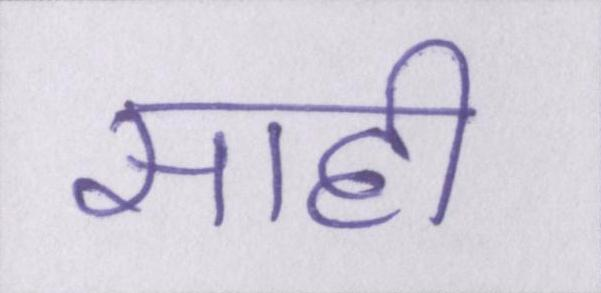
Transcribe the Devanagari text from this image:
साही